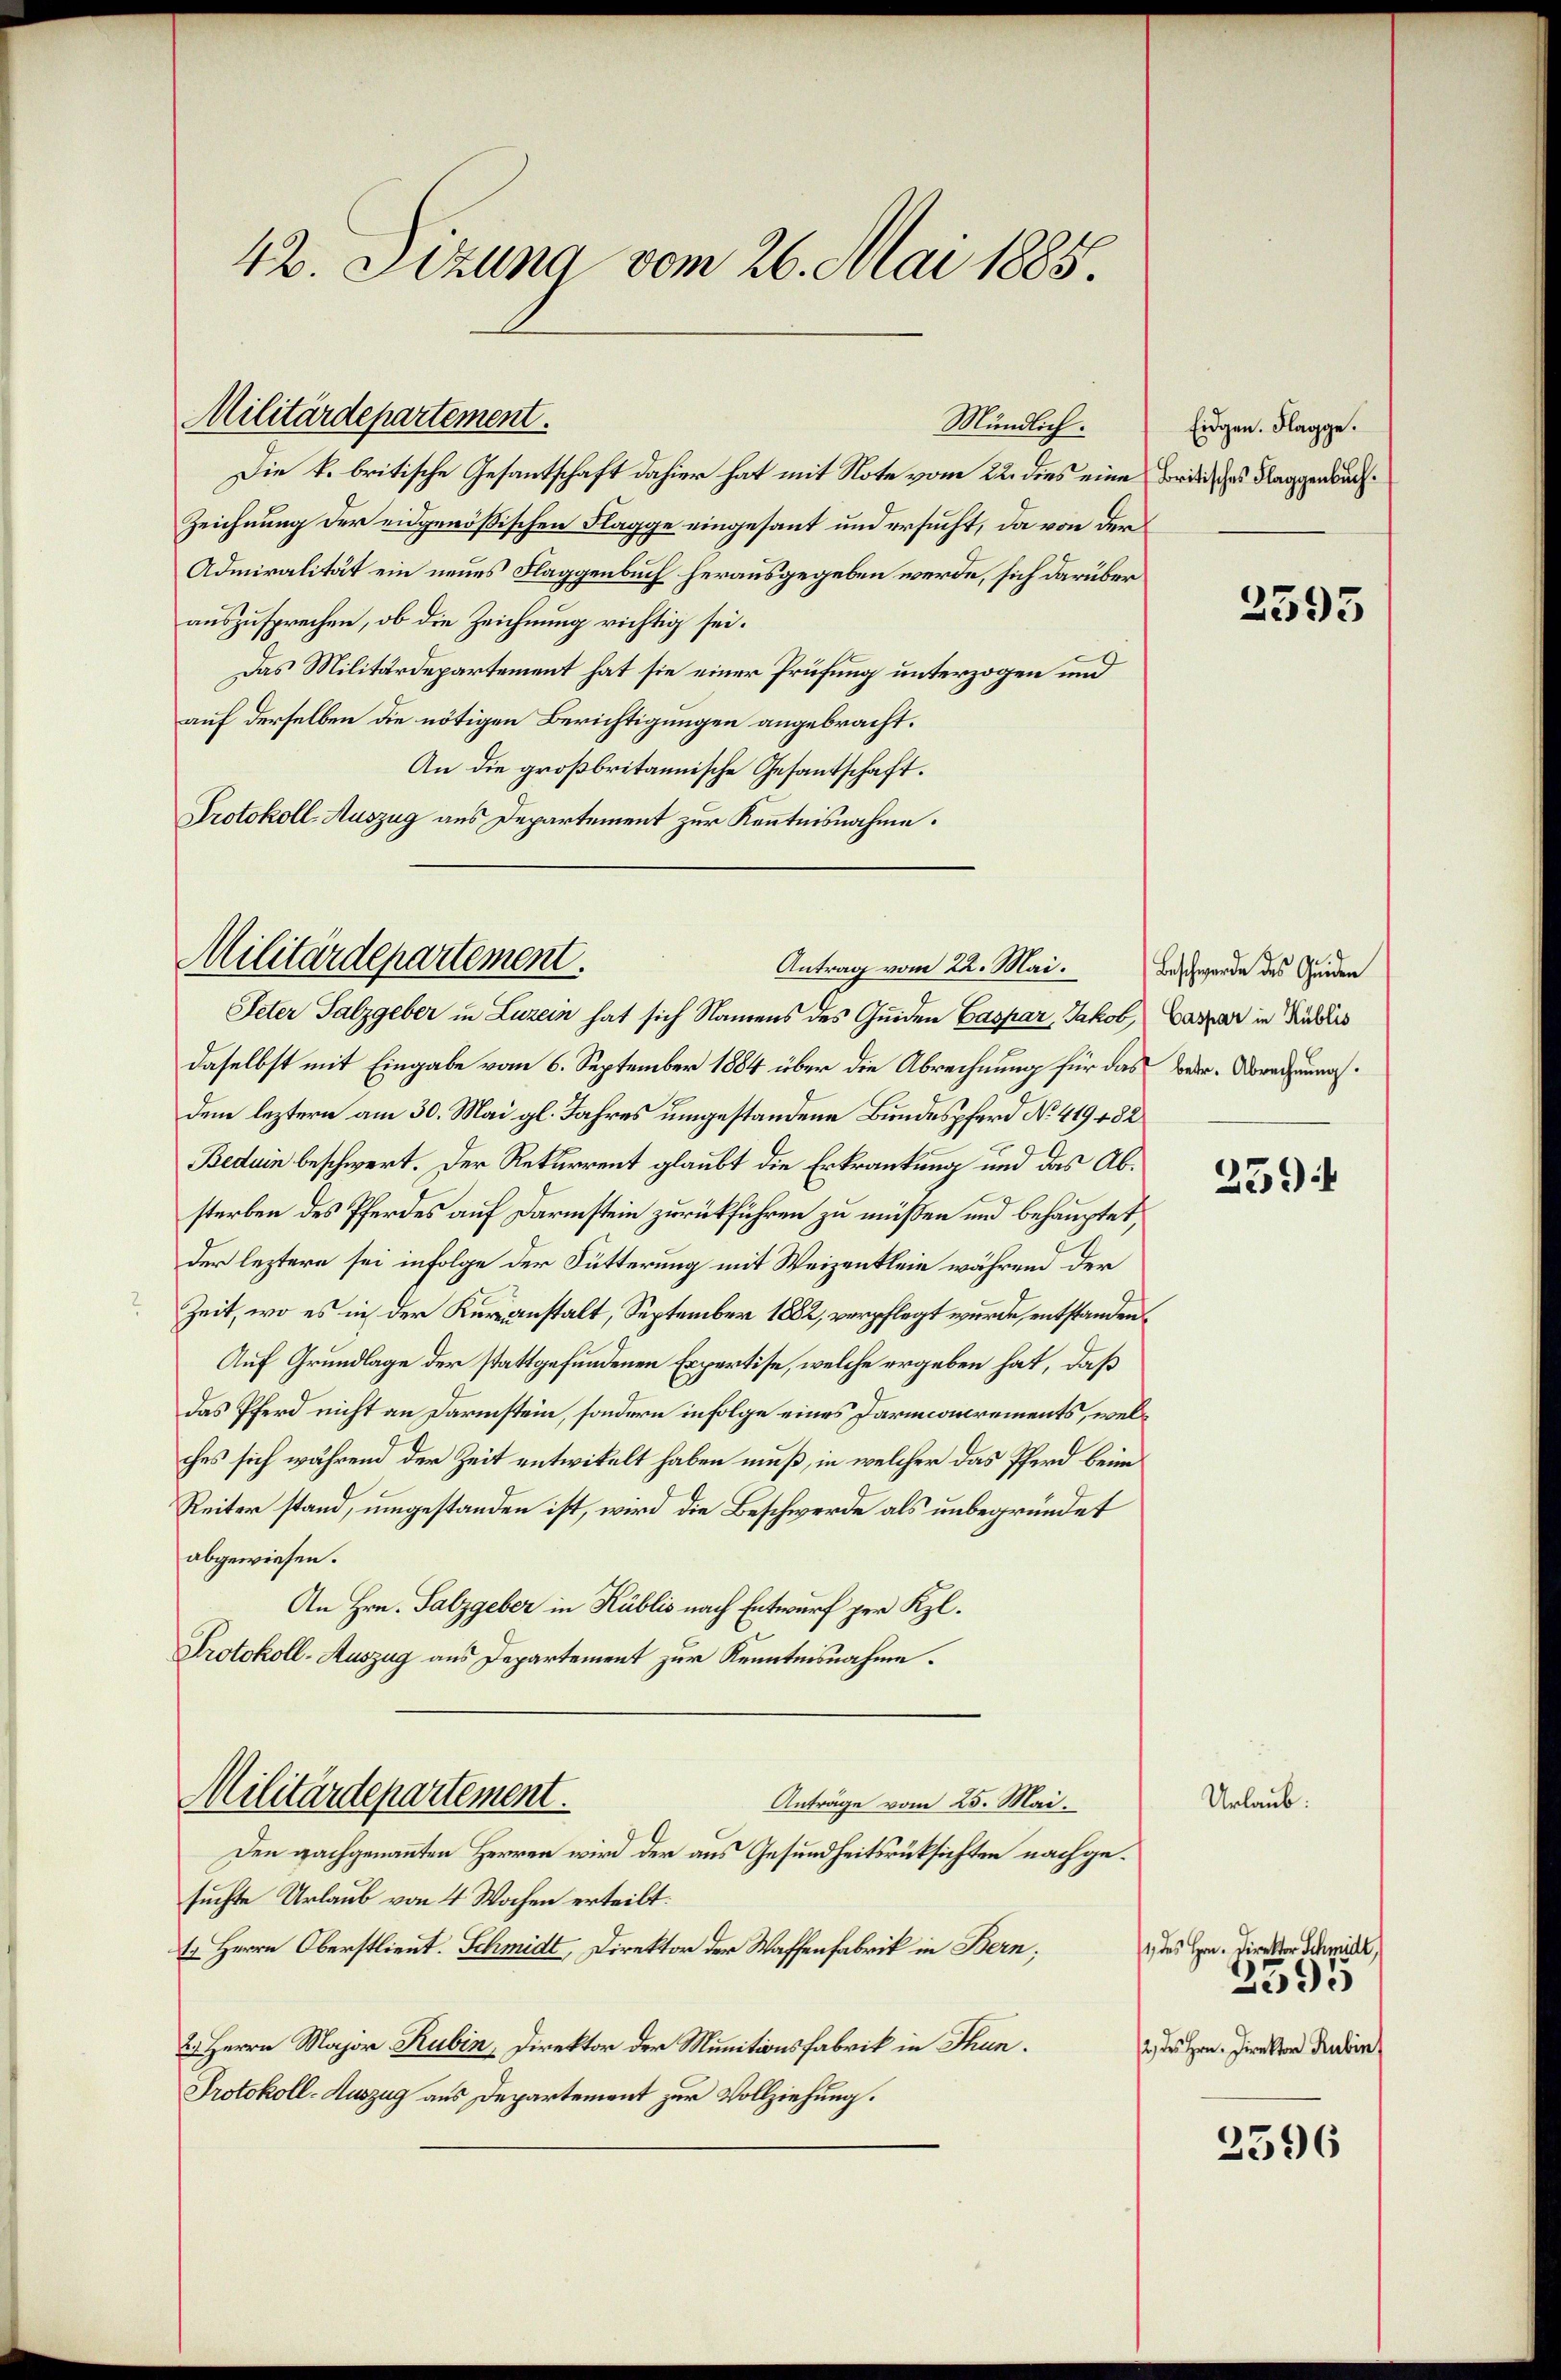
42 Sizung vom 26. Mai 1885.

Militärdepartement.

Die k. britische Gesantschaft dahier hat mit Note vom 22. dies eine Bordisches Flaggenbuch
Zeichnung der eidgenössischen Flagge eingesant und ersucht, da von der
Admiralität ein neues Flaggenbuch herausgegeben werde, sich darüber
auszusprechen, ob die Zeichnung richtig sei.
Das Militärdepartement hat sie einer Prüfung unterzogen und
auf derselben die nötigen Berichtigungen angebracht.
An die großbritannische Gesantschaft.
Protokoll-Auszug aus Departement zur Kenntnisnahme.

Mündlich.

Militärdepartement.
Antrag vom 22. Mai.

Eidgen. Flagge.

Peter Salzgeber in Luzern hat sich Namens des Guiden Caspar, Jakob Caspar in Ruhes
daselbst mit Eingabe vom 6. September 1884 über die Abrechnung für das Betr. Vorausannahdem leztern am 30. Mai gl. Jahres umgestandene Bundespferd No. 419 182
Beduin beschwert. Der Rekurrent glaubt die Erkrankung und das Absterben des Pferdes auf Darmstein zurückführen zu müssen und behauptet,
der leztere sei infolge der Fütterung mit Weizenklein während der
Zeit, wo es in der Kuranstalt, September 1882, verpflegt wurde, entstanden.
Auf Grundlage der stattgefundenen Erpertise, welche ergeben hat, daß
das Pferd nicht an Darmstein, sondern infolge eines Darmconcrements, welches sich während der Zeit entwikelt haben muß, in welcher das Pferd beim
Reiter stand, umgestanden ist, wird die Beschwerde als unbegründet
abgewiesen.
An Hrn. Salzgeber in Küblis nach Entwurf per Kl.
Protokoll-Auszug aus Departement zur Kenntnisnahme.
Militärdepartement.
Anträge vom 25. Mai.
Den nachgenannten Herren wird der aus Gesundheitsrücksichten nachgesuchte Urlaub von 4 Wochen erteilt:
1. Herrn Oberstlieut. Schmidt, Direktor der Waffenfabrik in Bern;
2. Herrn Major Rubin, Direktor der Munitionsfabrik in Thun.
Protokoll-Auszug aus Departement zur Vollziehung.

2595

Beschwerde des Quiden

2594

Urlaub.

1 des Hrn. Direktor Schmidt,
/2 des Hrn. Direktor Rubin,

2595

2596